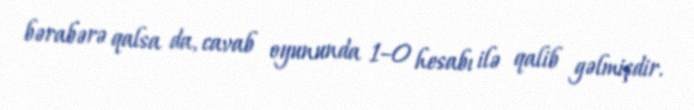
bərabərə qalsa da, cavab oyununda 1–0 hesabı ilə qalib gəlmişdir.